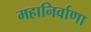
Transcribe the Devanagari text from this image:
महानिर्वाणा